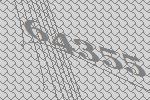
64355